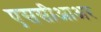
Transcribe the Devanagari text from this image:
एससीआअर